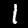
Digit: 1